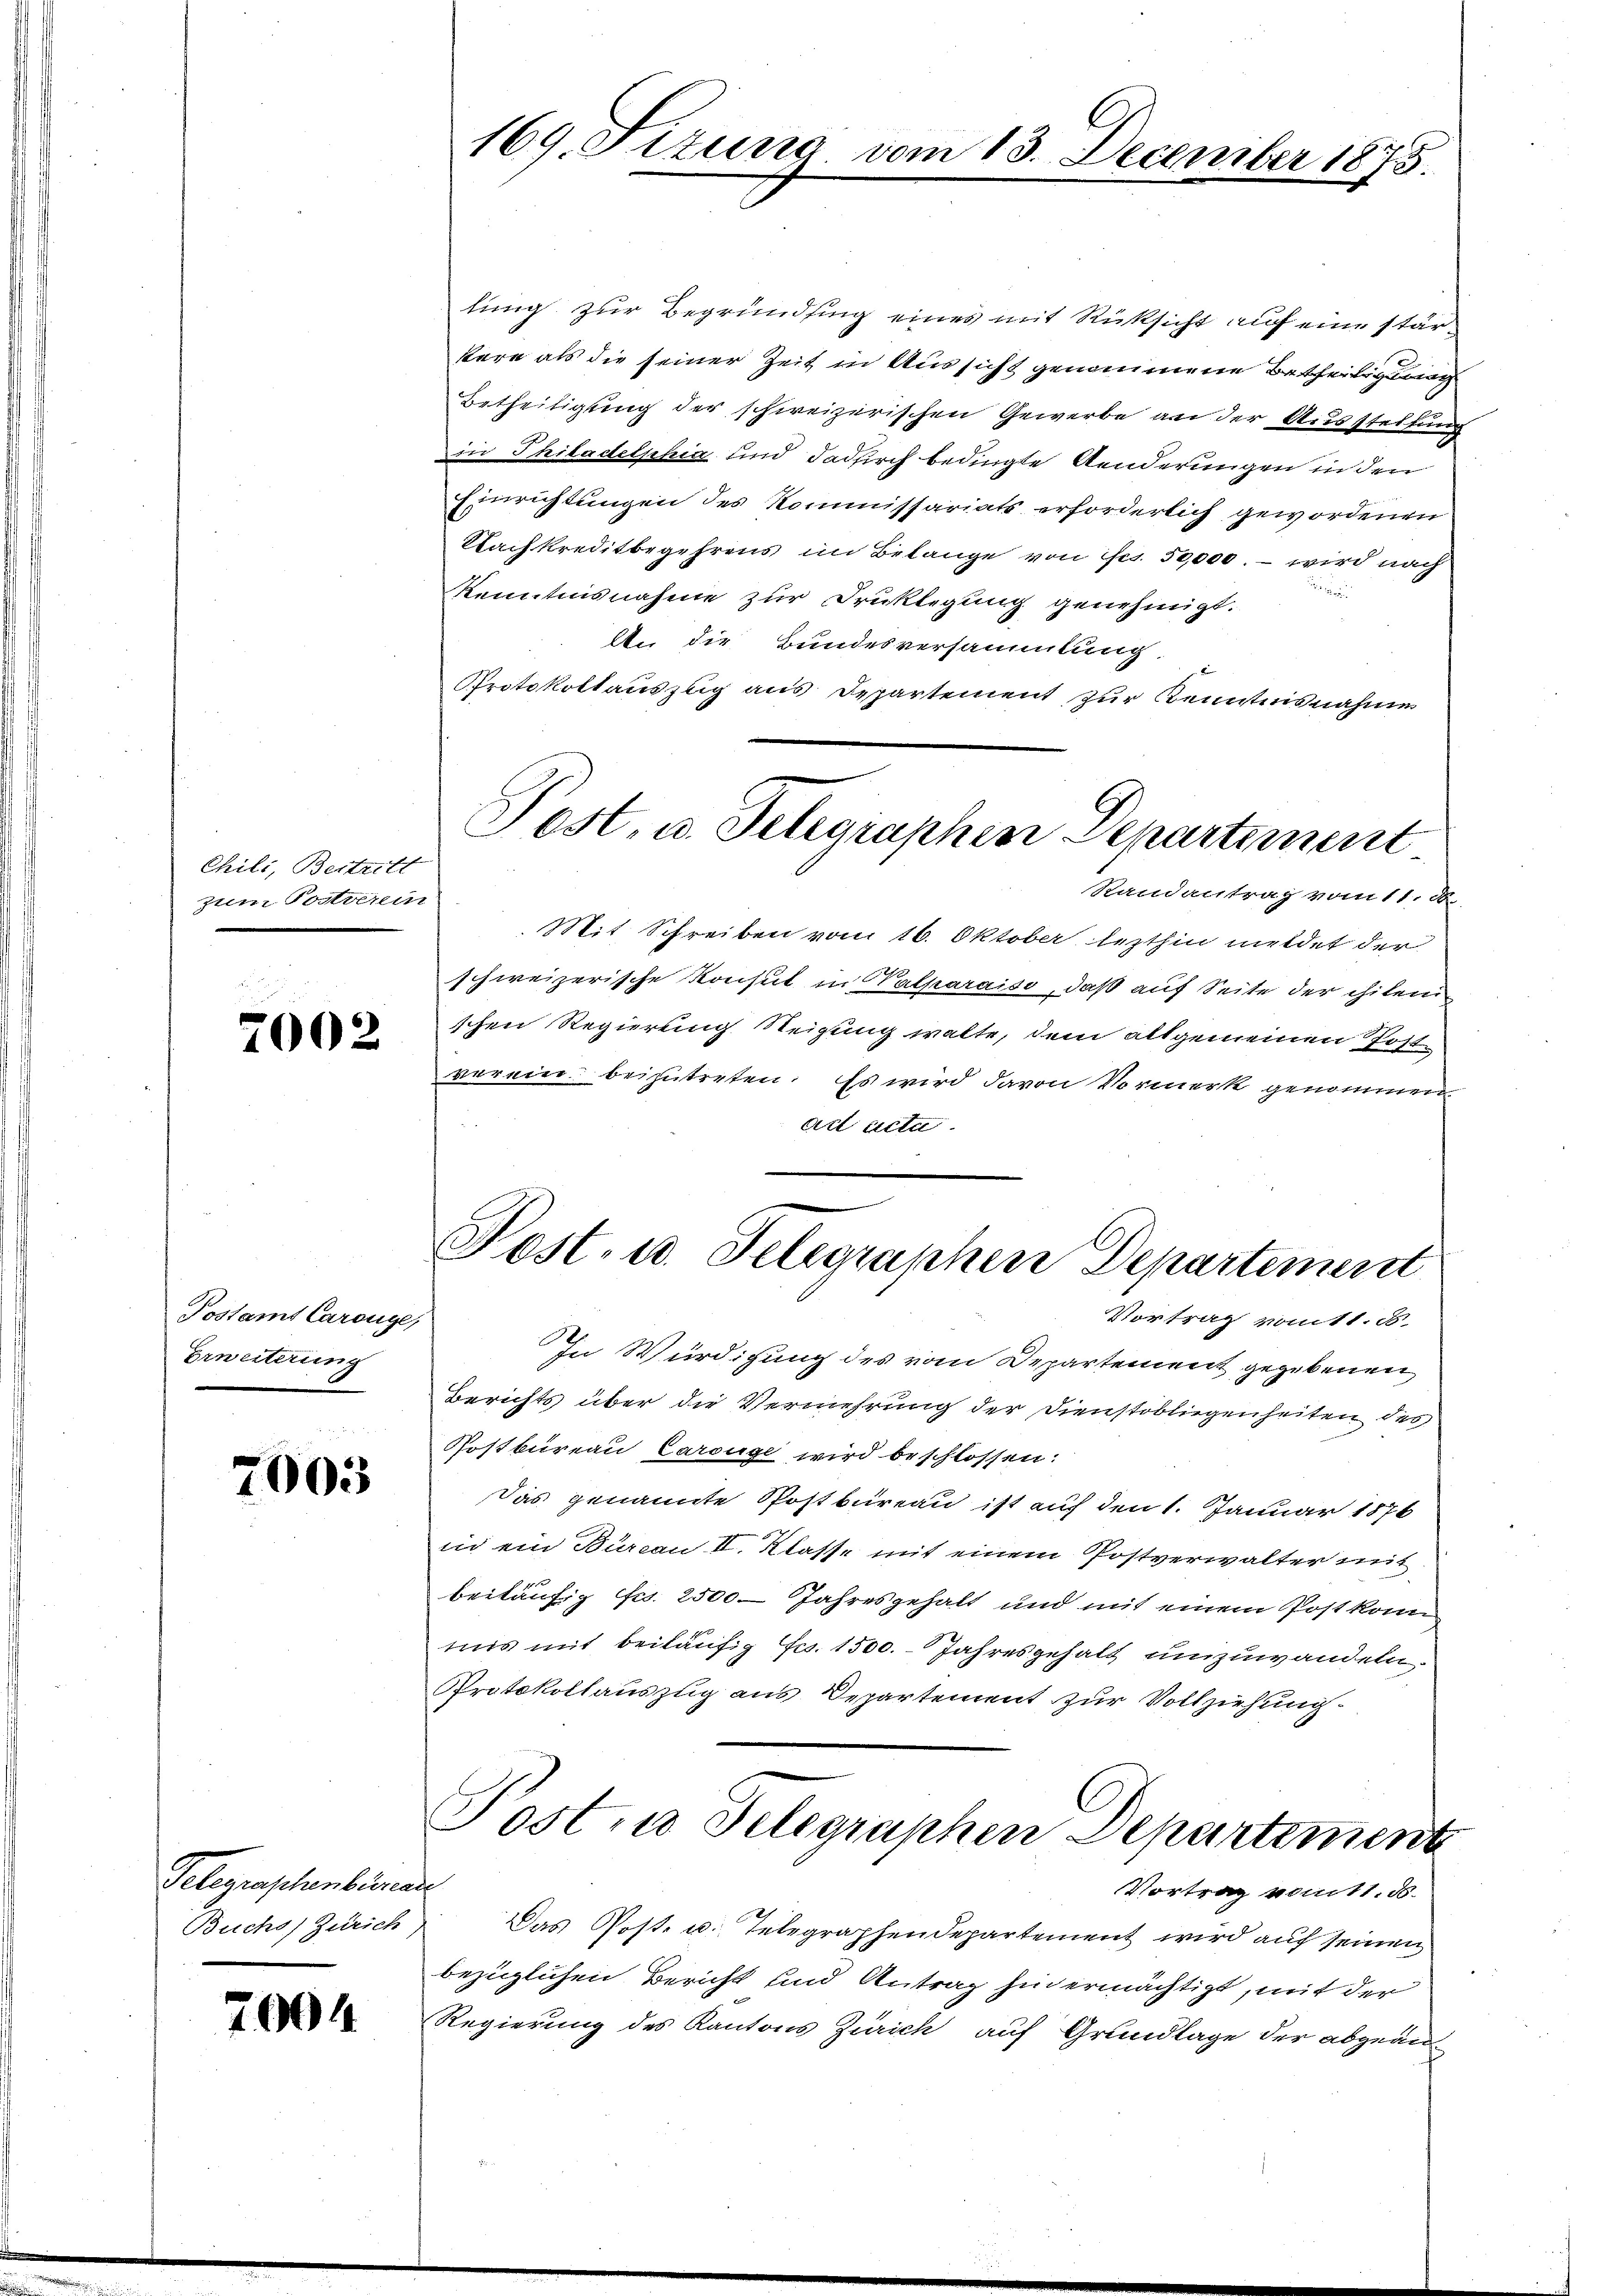
Chili, Beitritt
zum Postverein

7002

Postamt Carouge,
Erwerterung

7003

Telegraschenbüreau
Buchs) Zürich

2004

169. Fizung vom 13. December 1875.

lung zur Begründsing eines mit Rücksicht auf eine stärkere als die seiner Zeit in Aussicht genommene Betheiligung
Betheiligung der schweizerischen Gewerbe an der Ausstellung
Die Philadelphia und dadurch bedingte Aenderungen in den
Einrichtungen des Kommissariats erforderlich gewordenen
Nachkreditbegehrens im Belange von iscr. 50,000. – wird nach

Kenntnisnahme zur Druklegung genehmigt.
An die Bundesversammlung.
Protokollauszug aus Departement zur Kenntnisnahme
Randantrag vom 11. d.
Mit Schreiben vom 16. Oktober lezthin meldet der
schweizerische Konsul in Valparaiso, daß auf Seite der chilen
schen Regierung Steigung walte, dem allgemeinen Postverein beizutreten. Es wird davon Vormerk genommen
adl acta
Post- u. Telegraphen Departement
Vortrag vom 1. B.
In Würdigung des vom Departement gegebenen
Berichts über die Vermehrung der Dienstobliegenheiten des
Postbureau Carouge wird beschlossen:
Das genannte Postbureau ist auf den 1. Januar 1876
in ein Büreau II. Klasse mit einem Postverwalter mit
beiläufig Fr. 2500 Jahresgehalt und mit einem Post konn
mus mit beiläufig frs. 1500. Jahresgehalt umzuwandeln
Protokollauszug aus Departement zur Vollziehung.
Post in Telegraphen Departement
Vortrag vom 11. d.
Das Post- u. Telegraphendepartement wird auf seinen
bezüglichen Bericht und Antrag hin ermächtigt, mit der
Regierung des Kantons Zürich auf Grundlage der abgean

Post, u. Telegraphen Departement